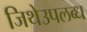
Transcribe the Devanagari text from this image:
जिथेउपलब्ध